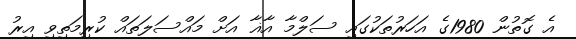
އެ ގޮތުން 1980ގެ އަހަރުތަކުގައި ސަލްމާ އާޣާ އަށް މައްސަލަތައް ކުރިމަތިވި އިރު